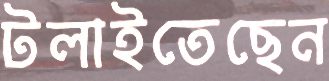
টলাইতেছেন